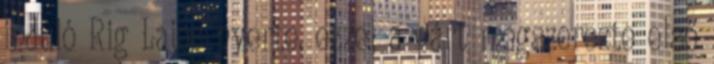
induló Rig Lajos nyerte, ezzel a párt megszerezte első